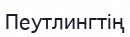
Пеутлингтің